French assistants in Scottish schools and training centres, 1931
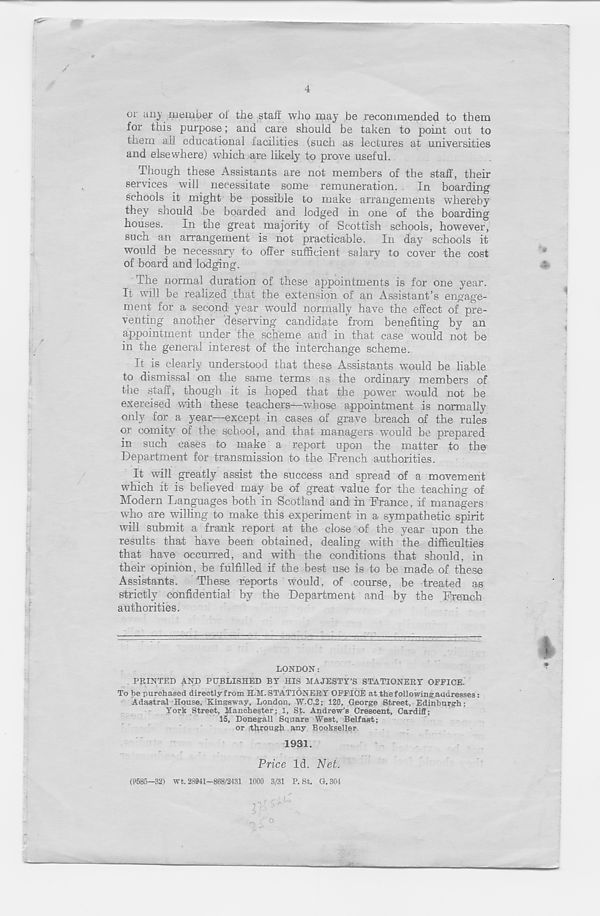
/
4
or any member ol the staff who may be recommended to them
for this purpose; and care should be taken to point out to
them all educational facilities (such as lectures at universities
and elsewhere) which are likely to prove useful.
Though these Assistants are not members of the staff, their
services will necessitate some remuneration.
In boarding
schools it might be possible to make arrangements w'hereby
they should be boarded and lodged in one of the boarding
houses. In the great majority of Scottish schools, however,
such an arrangement is not practicable. In day schools it
would be necessary to offer sufficient salary to cover the cost
of board and lodging.
The normal duration of these appointments is for one year.
It will be realized that the extension of an Assistant’s engage-
ment for a second year would normally have the effect of pre-
venting another deserving candidate from benefiting by an
appointment under the scheme and in that case would not bo
in the general interest of the interchange scheme.
It is clearly understood that these Assistants would be liable
to dismissal on the same terms as the ordinary members of
the staff, though it is hoped that the power would not be
exercised with these teachers—whose appointment is normally
only for a year—except in cases of grave breach of the rules
or comity of the school, and that managers would be prepared
in such cases to make a report upon the matter to the
Department for transmission to the French authorities.
It will greatly assist the success and spread of a movement
which it is believed may be of great value for the teaching of
Modern Languages both in Scotland and in France, if managers
who are walling to make this experiment in a sympathetic spirit
will submit a frank report at the close of the year upon the
results that have been obtained, dealing with the difficulties
that have occurred, and with the conditions that should, in
their opinion, be fulfilled if the best use is to be made of these
Assistants. These reports w-ould, of course, be treated as
strictly confidential by the Department and by the French
authorities.
LONDON:
FEINTED AND PUBLISHED BY HIS MAJESTY’S STATIONEEY OFFICE.
To be purchased directly from H.M. STATIONERY OFFICE at the following addresses:
Adastral House, Kingsway, London, W.C.2; 120, George Street, Edinburgh;
York Street, Manchester; 1, St. Andrew’s Crescent, Cardiff;
15, Donegall Square West, Belfast;
or through any Bookseller.
1931.
Price Id. Net.
(9585—32) Wt. 28941—868/2431 1000 3/31 P. St. G. 304
*•
A
1
'
S